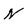
Character: N